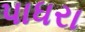
પાધરા